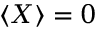
\langle X \rangle = 0